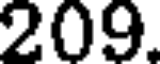
209.